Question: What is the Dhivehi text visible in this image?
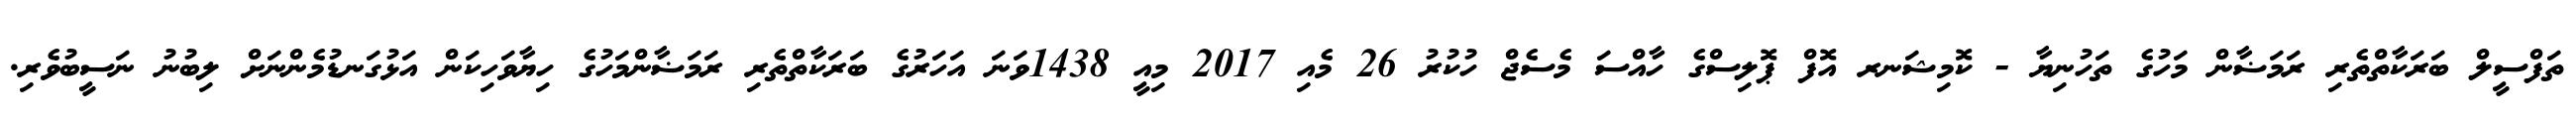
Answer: ތަފްސީލް ބަރަކާތްތެރި ރަމަޟާން މަހުގެ ތަހުނިޔާ - ކޮމިޝަނރ އޮފް ޕޮލިސްގެ ހާއްސަ މެސެޖް ހުކުރު 26 މެއި 2017 މިއީ 1438ވަނަ އަހަރުގެ ބަރަކާތްތެރި ރަމަޟާންމަހުގެ ހިޔާވަހިކަން އަޅުގަނޑުމެންނަށް ލިބުނު ނަސީބުވެރި.